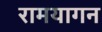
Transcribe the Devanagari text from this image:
रामयागन